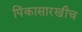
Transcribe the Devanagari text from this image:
पिंकासारखीच